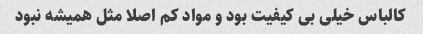
کالباس خیلی بی کیفیت بود و مواد کم اصلا مثل همیشه نبود